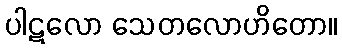
ပါဋလော သေတလောဟိတော။